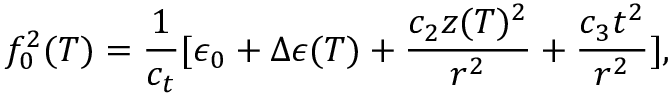
f _ { 0 } ^ { 2 } ( T ) = \frac { 1 } { c _ { t } } [ \epsilon _ { 0 } + \Delta \epsilon ( T ) + \frac { c _ { 2 } z ( T ) ^ { 2 } } { r ^ { 2 } } + \frac { c _ { 3 } t ^ { 2 } } { r ^ { 2 } } ] ,